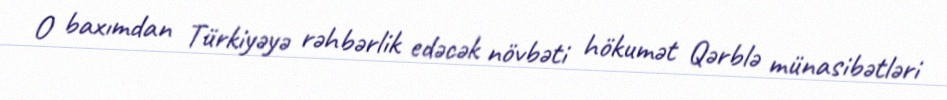
O baxımdan Türkiyəyə rəhbərlik edəcək növbəti hökumət Qərblə münasibətləri